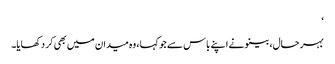
‘
بہر حال، بینو نے اپنے باس سے جو کہا، وہ میدان میں بھی کر دکھایا۔